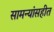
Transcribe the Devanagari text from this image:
सामन्यांसहीत